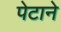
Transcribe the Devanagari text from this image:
पेटाने